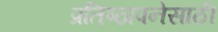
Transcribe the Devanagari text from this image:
प्रतिष्ठापनेसाठी